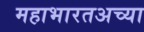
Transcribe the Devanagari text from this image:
महाभारतअच्या